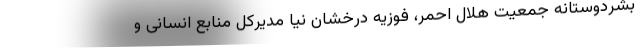
بشردوستانه جمعیت هلال احمر، فوزیه درخشان نیا مدیرکل منابع انسانی و